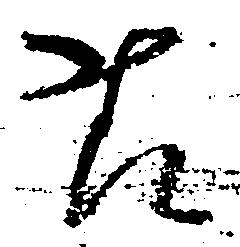
様